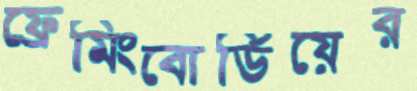
ফ্রেমিংবোর্ডিয়ের